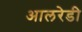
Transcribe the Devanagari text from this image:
आलरेडी